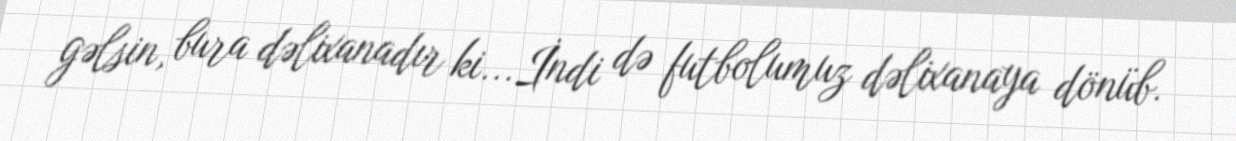
gəlsin, bura dəlixanadır ki...İndi də futbolumuz dəlixanaya dönüb.